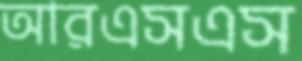
আরএসএস